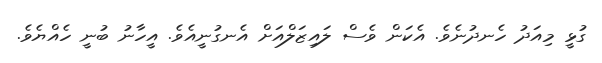
ގުޅީ މިއަދު ހެނދުނެވެ. އެކަން ވެސް ލައިޒަލްއަށް އެނގުނީއެވެ. އީހާނު ބުނީ ހެއްޔެވެ.